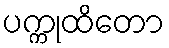
ပက္ကုထိတော